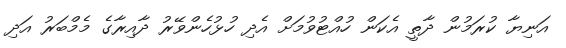
އަނިޔާ ކުރަމުން ދާތީ އެކަން ހުއްޓުވުމަށް އެދި ހުޅުހެންވޭރު ދާއިރާގެ މެމްބަރު އަދި